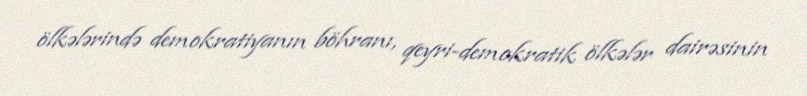
ölkələrində demokratiyanın böhranı, qeyri-demokratik ölkələr dairəsinin